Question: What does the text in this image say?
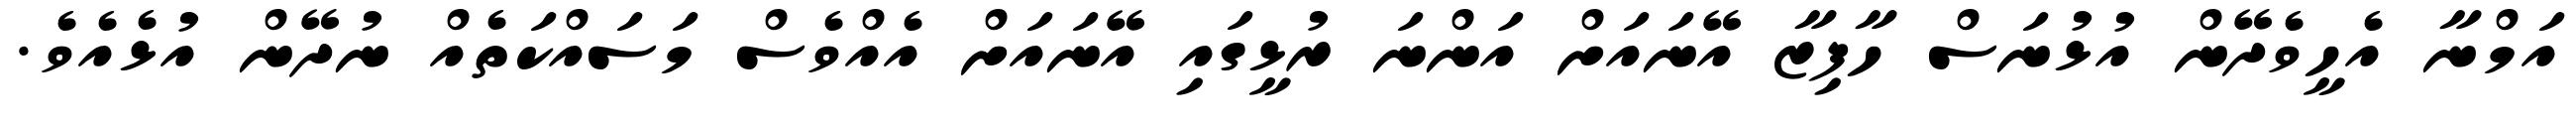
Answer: އަމްނާ އެހީވެދޭން އުޅުނަސް ހާފިޒާ އޭނައަށް އަންނަ ރުޅީގައި އޭނައަށް އެއްވެސް މަސައްކަތެއް ނުދޭން އުޅެއެވެ.